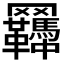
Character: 𦍊